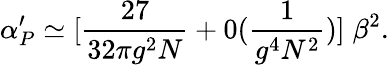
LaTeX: \alpha_{P}^{\prime}\simeq[{\frac{27}{32\pi g^{2}N}}+0(\frac{1}{g^{4}N^{2}})]\; {\beta^{2}}.